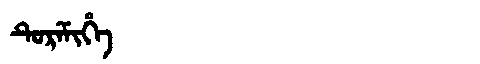
Manchu: ᡨᡠᡵᡝᠮᡳᡥᡝ
Romanization: TUREMIHE